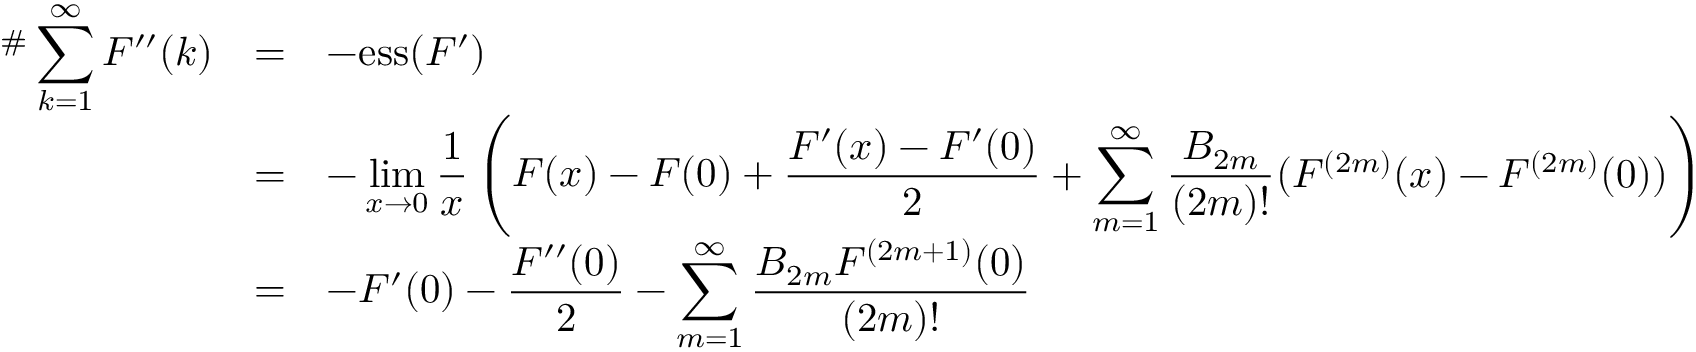
\begin{array} { r c l } { ^ \# \displaystyle \sum _ { k = 1 } ^ { \infty } F ^ { \prime \prime } ( k ) } & { = } & { - \mathrm { e s s } ( F ^ { \prime } ) } \\ & { = } & { - \displaystyle \operatorname* { l i m } _ { x \to 0 } \frac { 1 } { x } \left( F ( x ) - F ( 0 ) + \frac { F ^ { \prime } ( x ) - F ^ { \prime } ( 0 ) } { 2 } + \sum _ { m = 1 } ^ { \infty } \frac { B _ { 2 m } } { ( 2 m ) ! } ( F ^ { ( 2 m ) } ( x ) - F ^ { ( 2 m ) } ( 0 ) ) \right) } \\ & { = } & { - \displaystyle F ^ { \prime } ( 0 ) - \frac { F ^ { \prime \prime } ( 0 ) } { 2 } - \sum _ { m = 1 } ^ { \infty } \frac { B _ { 2 m } F ^ { ( 2 m + 1 ) } ( 0 ) } { ( 2 m ) ! } } \end{array}